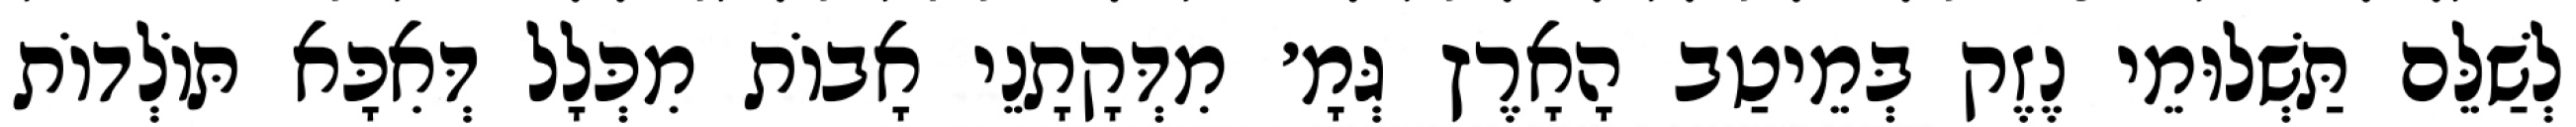
לְשַׁלֵּם תַּשְׁלוּמֵי נֶזֶק בְּמֵיטַב הָאָרֶץ גְּמָ׳ מִדְּקָתָנֵי אָבוֹת מִכְּלָל דְּאִכָּא תּוֹלְדוֹת